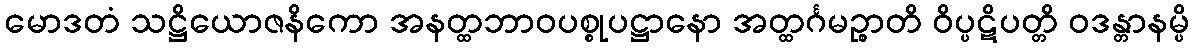
မောဒတံ သဋ္ဌိယောဇနိကော အနတ္ထဘာဝပစ္စုပဋ္ဌာနော အတ္ထင်္ဂမဉ္စာတိ ဝိပ္ပဋိပတ္တိ ဝဒန္တာနမ္ပိ